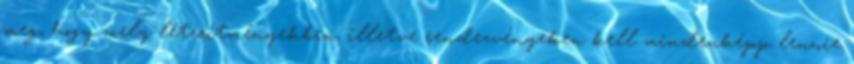
meg, hogy mely létesítményekben, illetve rendezvényeken kell mindenképp lennie